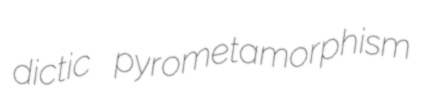
dictic pyrometamorphism